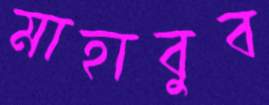
মাহাবুব